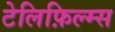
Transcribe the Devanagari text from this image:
टेलिफ़िल्म्स